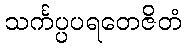
သင်္ကပ္ပပရတေဇိတံ